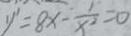
y ^ { \prime } = 8 x - \frac { 1 } { x ^ { 2 } } = 0